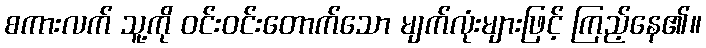
စကားလက် သူ့ကို ဝင်းဝင်းတောက်သော မျက်လုံးများဖြင့် ကြည့်နေ၏။